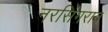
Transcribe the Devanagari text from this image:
नरसिंगराव